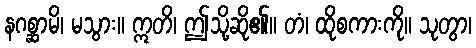
နဂစ္ဆာမိ၊ မသွား။ ဣတိ၊ ဤသို့ဆို၏။ တံ၊ ထိုစကားကို။ သုတွာ၊